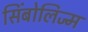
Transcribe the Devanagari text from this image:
सिंबोलिज्म